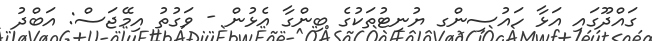
ގައްދޫގައި އަޅާ ހައުސިންގ ޔުނިޓުތަކުގެ ބިންގާ އެޅުން - ވަގުތު އިމޭޖަސް: އަބްދު